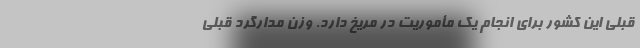
قبلی این کشور برای انجام یک مأموریت در مریخ دارد. وزن مدارگرد قبلی